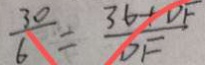
\frac { 3 0 } { 6 } = \frac { 3 6 + D F } { D F }